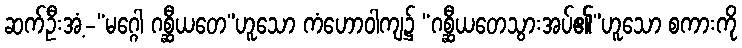
ဆက်ဦးအံ့-“မဂ္ဂေါ ဂစ္ဆီယတေ”ဟူသော ကံဟောဝါကျ၌ “ဂစ္ဆီယတေသွားအပ်၏”ဟူသော စကားကို